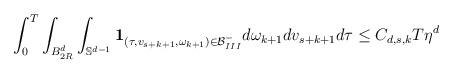
LaTeX: \begin{align*}\begin{aligned}& \int_0^T \int_{B_{2R}^d} \int_{\mathbb{S}^{d-1}}\mathbf{1}_{(\tau,v_{s+k+1},\omega_{k+1}) \in \mathcal{B}_{III}^-}d\omega_{k+1} dv_{s+k+1} d\tau \leq C_{d,s,k} T \eta^d\end{aligned}\end{align*}